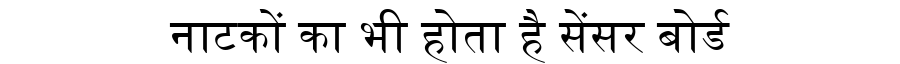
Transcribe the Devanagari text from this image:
नाटकों का भी होता है सेंसर बोर्ड